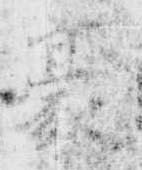
豪